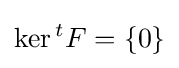
\operatorname {ker} {}^{t}F=\{0\}